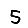
Digit: 5